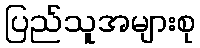
ပြည်သူအများစု